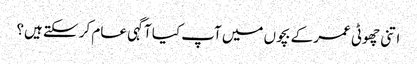
اتنی چھوٹی عمر کے بچوں میں آپ کیا آگہی عام کر سکتے ہیں؟